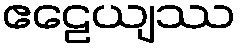
ဧဠေယျဿ